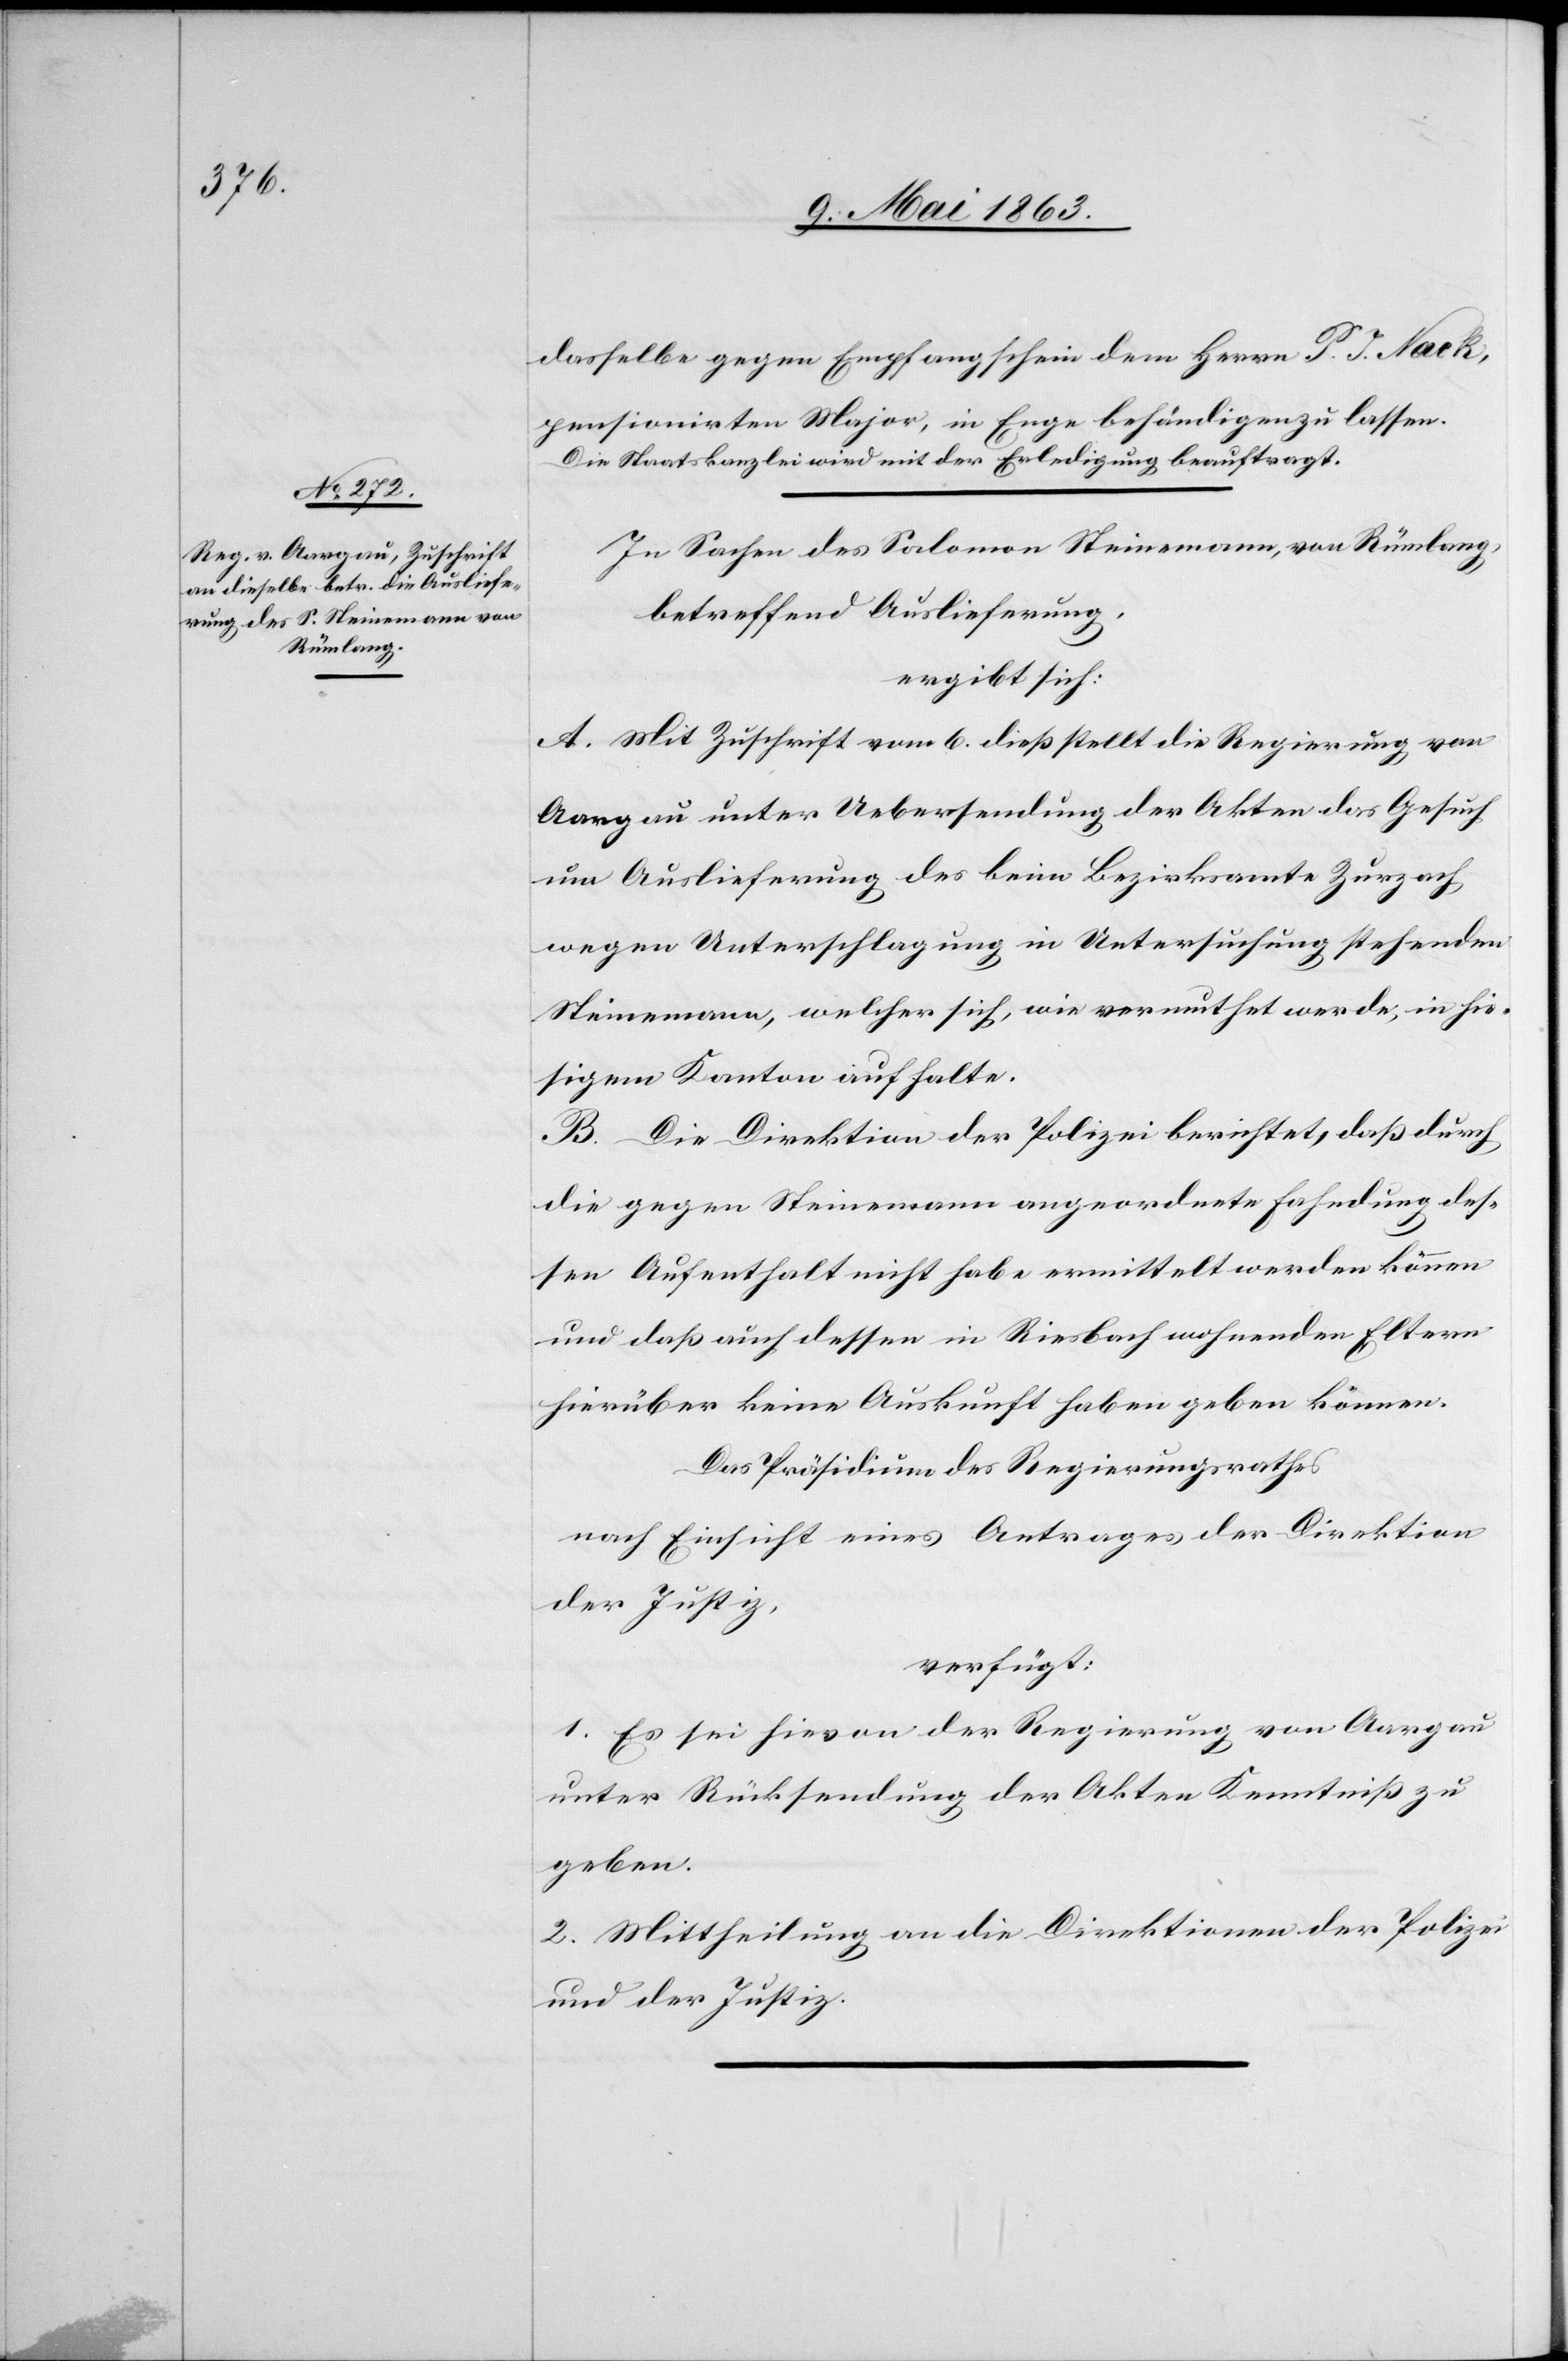
13. Mai 1863.]
dasselbe gegen Empfangschein dem Herrn P. J. Nack,
pensionirten Major, in Enge behändigen zu lassen.
a-Die Staatskanzlei wird mit der Erledigung beauftragt.-a
In Sachen des Salomon Steinemann, von Rümlang,
betreffend Auslieferung,
ergibt sich:
A. Mit Zuschrift vom 6. dieß stellt die Regierung von
Aargau unter Uebersendung der Akten das Gesuch
um Auslieferung des beim Bezirksamte Zurzach
wegen Unterschlagung in Untersuchung stehenden
Steinemann, welcher sich, wie vermuthet werde, in hie¬
sigem Kanton aufhalte.
B. Die Direktion der Polizei berichtet, daß durch
die gegen Steinemann angeordnete Fahndung des¬
sen Aufenthalt nicht habe ermittelt werden können
und daß auch dessen in Riesbach wohnenden Eltern
hierüber keine Auskunft haben geben können.
Das Präsidium des Regierungsrathes
nach Einsicht eines Antrages der Direktion
der Justiz,
verfügt:
1. Es sei hievon der Regierung von Aargau
unter Rücksendung der Akten Kenntniß zu
geben.
2. Mittheilung an die Direktionen der Polizei
und der Justiz.